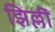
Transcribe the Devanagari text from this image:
झिल्लीं